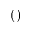
\mathrm { ( ) }